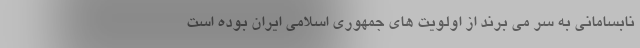
نابسامانی به سر می برند از اولویت های جمهوری اسلامی ایران بوده است